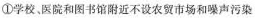
①学校，医院和图书馆附近不设农贸市场和噪声污染